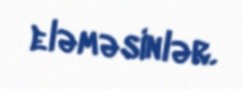
eləməsinlər.